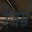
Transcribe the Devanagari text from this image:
रेजंस